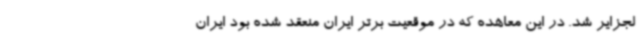
لجزایر شد. در این معاهده که در موقعیت برتر ایران منعقد شده بود ایران